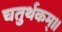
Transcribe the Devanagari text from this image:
चतुर्थकम्।।